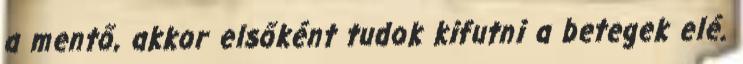
a mentő, akkor elsőként tudok kifutni a betegek elé.